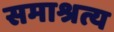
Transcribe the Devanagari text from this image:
समाश्रत्य